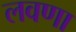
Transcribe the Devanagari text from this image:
लवणा